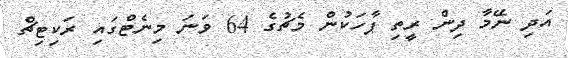
އަދި ނޭމާ ދިން ރީތި ޕާހަކުން މެޗުގެ 64 ވަނަ މިނެޓްގައި ރަކިޓިޗް